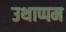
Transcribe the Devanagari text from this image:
उथाप्पम